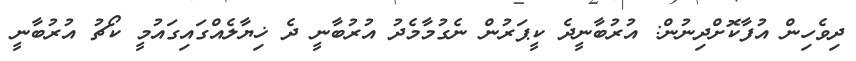
ދިވެހިން އުފާކޮށްދިނުން: އުރުބާނީދެ ކީޕަރުން ނެގުމާމެދު އުރުބާނީ ދެ ޚިޔާލެއްގައިގައުމީ ކޯޗު އުރުބާނީ